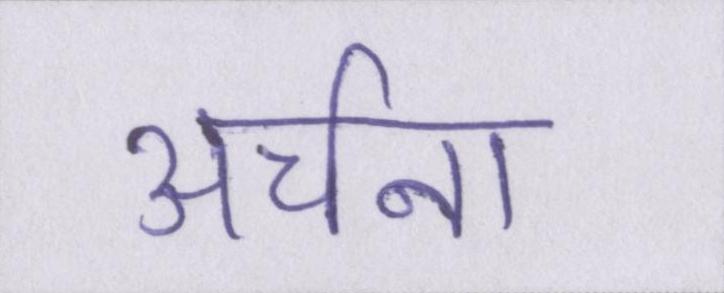
अर्चना